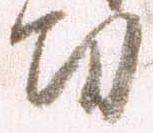
功